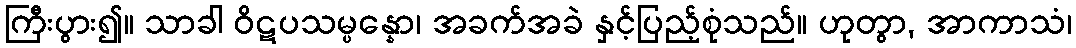
ကြီးပွား၍။ သာခါ ဝိဋပသမ္ပန္နော၊ အခက်အခဲ နှင့်ပြည့်စုံသည်။ ဟုတွာ, အာကာသံ၊